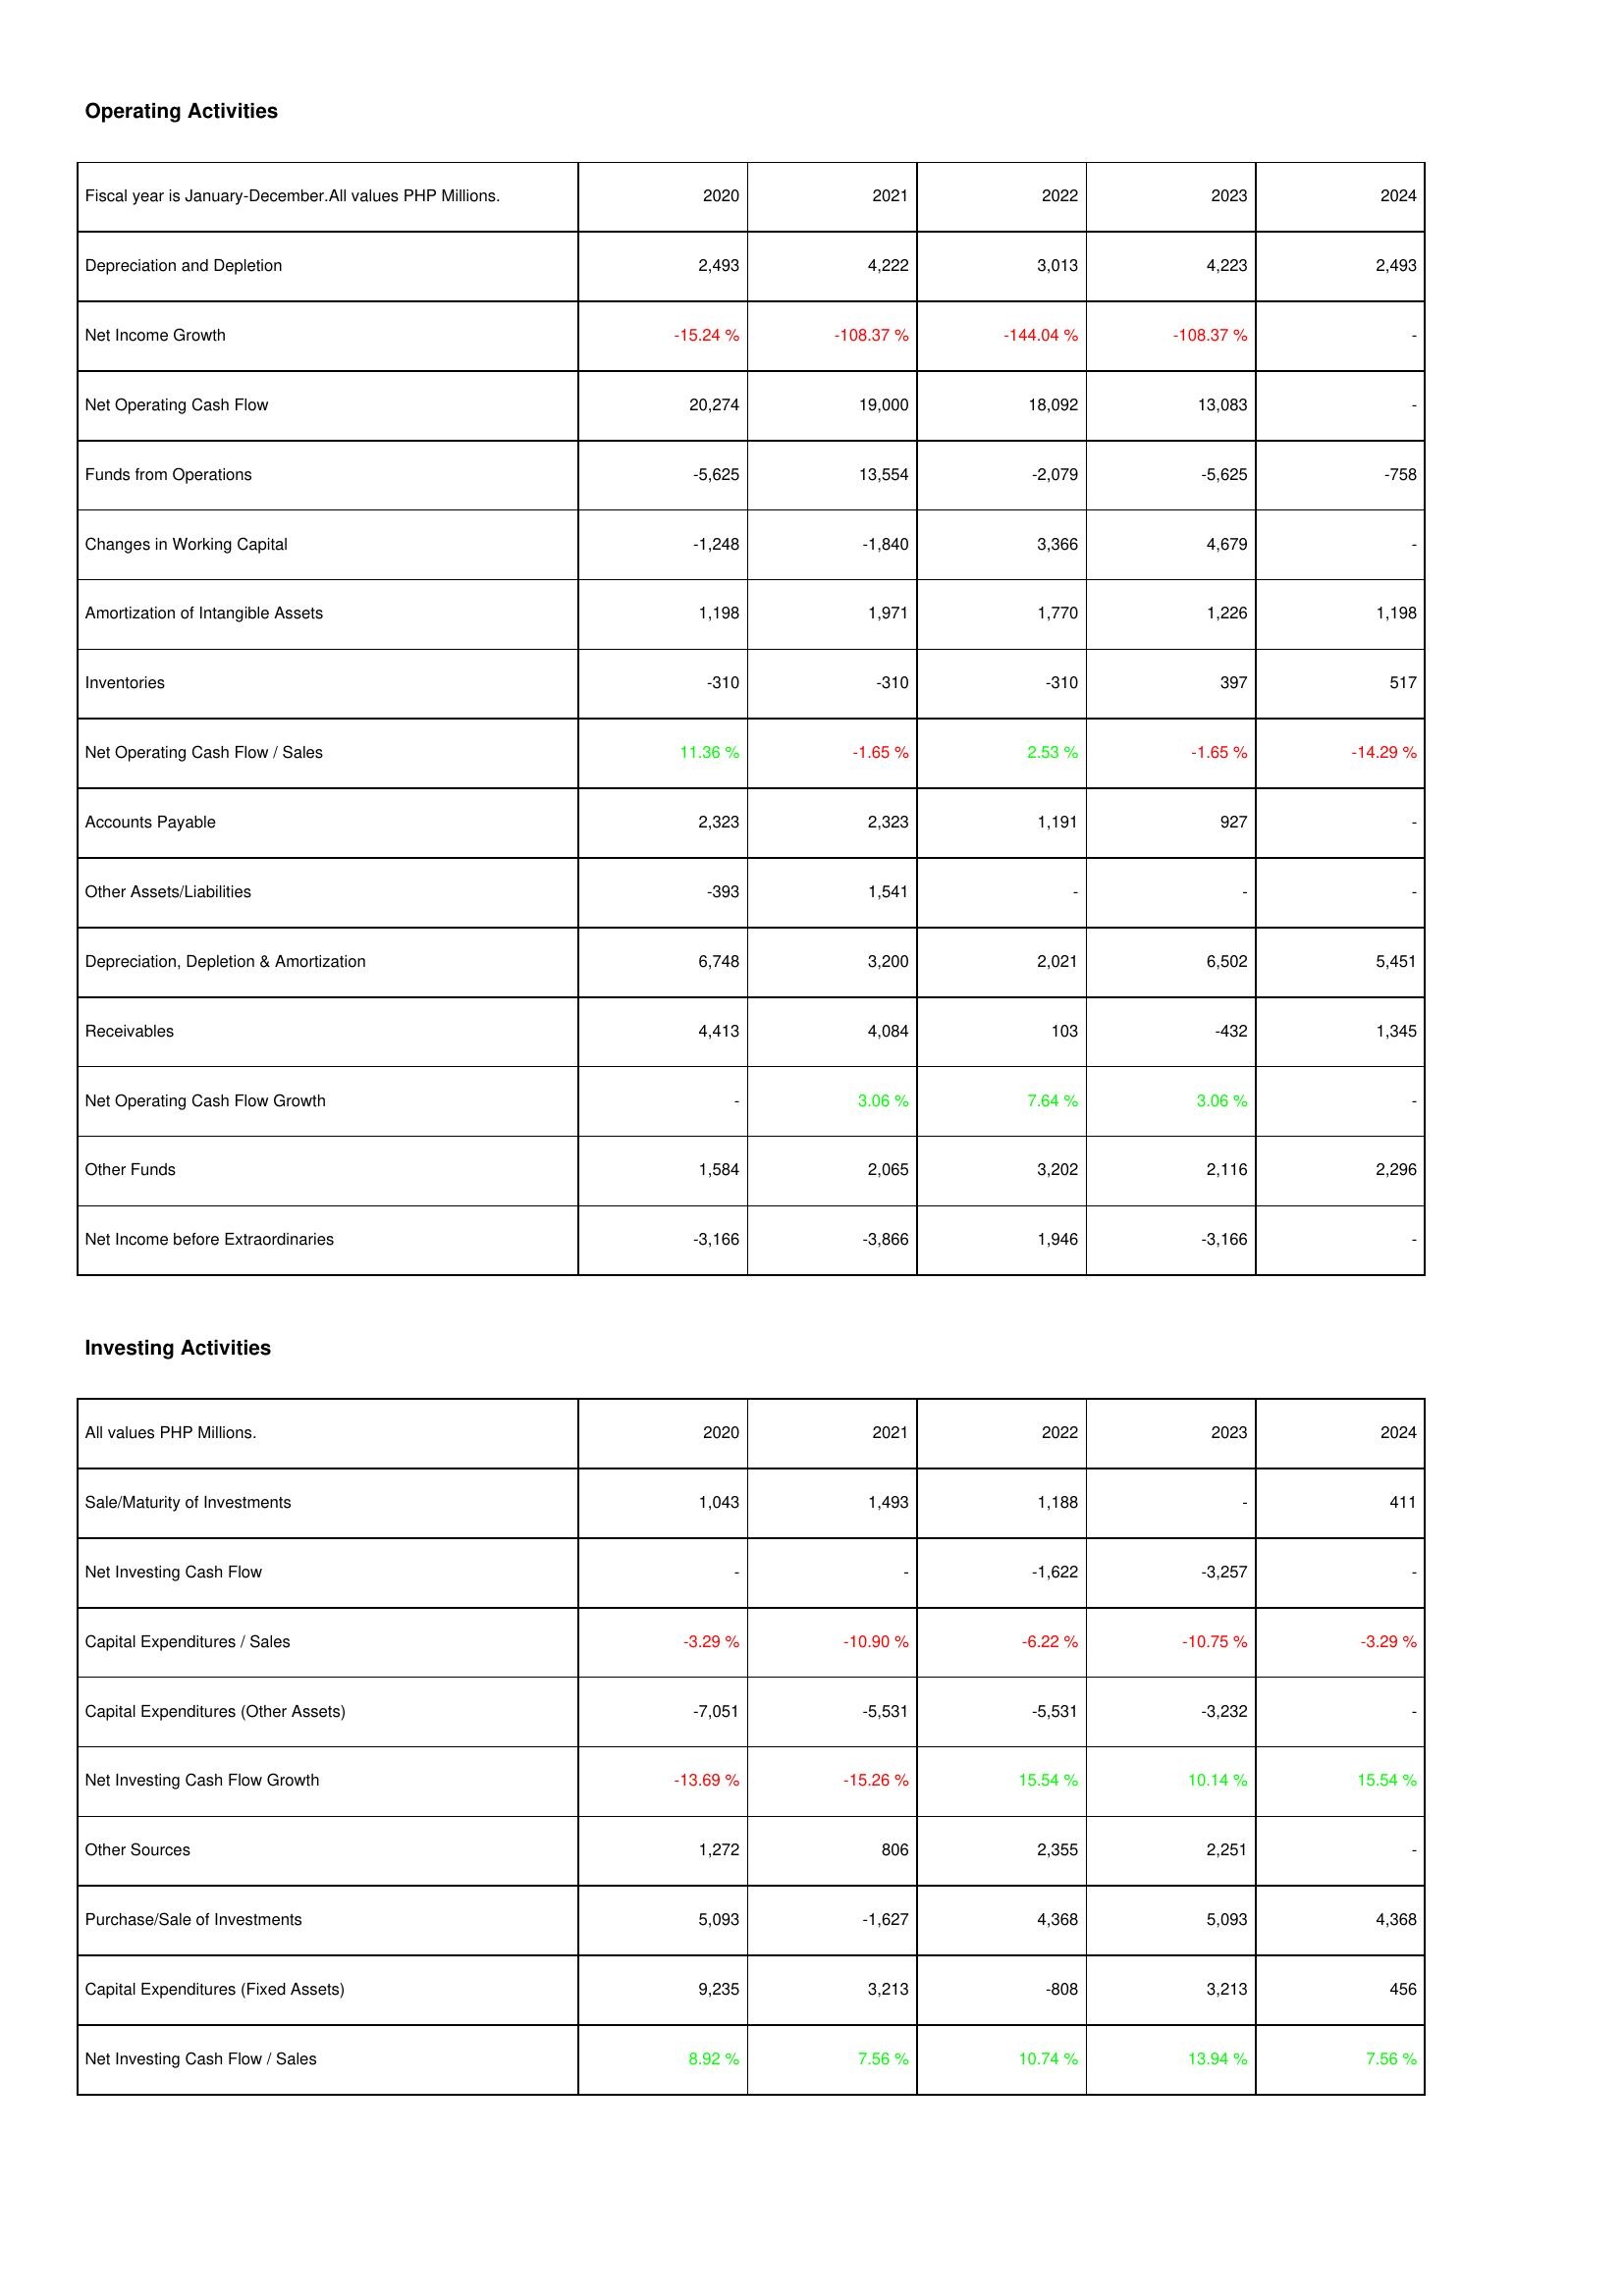
2020: Operating Activities: Depreciation and Depletion: 2,493
Net Income Growth: -15.24 %
Net Operating Cash Flow: 20,274
Funds from Operations: -5,625
Changes in Working Capital: -1,248
Amortization of Intangible Assets: 1,198
Inventories: -310
Net Operating Cash Flow / Sales: 11.36 %
Accounts Payable: 2,323
Other Assets/Liabilities: -393
Depreciation, Depletion & Amortization: 6,748
Receivables: 4,413
Net Operating Cash Flow Growth: -
Other Funds: 1,584
Net Income before Extraordinaries: -3,166
Investing Activities: Sale/Maturity of Investments: 1,043
Net Investing Cash Flow: -
Capital Expenditures / Sales: -3.29 %
Capital Expenditures (Other Assets): -7,051
Net Investing Cash Flow Growth: -13.69 %
Other Sources: 1,272
Purchase/Sale of Investments: 5,093
Capital Expenditures (Fixed Assets): 9,235
Net Investing Cash Flow / Sales: 8.92 %
2021: Operating Activities: Depreciation and Depletion: 4,222
Net Income Growth: -108.37 %
Net Operating Cash Flow: 19,000
Funds from Operations: 13,554
Changes in Working Capital: -1,840
Amortization of Intangible Assets: 1,971
Inventories: -310
Net Operating Cash Flow / Sales: -1.65 %
Accounts Payable: 2,323
Other Assets/Liabilities: 1,541
Depreciation, Depletion & Amortization: 3,200
Receivables: 4,084
Net Operating Cash Flow Growth: 3.06 %
Other Funds: 2,065
Net Income before Extraordinaries: -3,866
Investing Activities: Sale/Maturity of Investments: 1,493
Net Investing Cash Flow: -
Capital Expenditures / Sales: -10.90 %
Capital Expenditures (Other Assets): -5,531
Net Investing Cash Flow Growth: -15.26 %
Other Sources: 806
Purchase/Sale of Investments: -1,627
Capital Expenditures (Fixed Assets): 3,213
Net Investing Cash Flow / Sales: 7.56 %
2022: Operating Activities: Depreciation and Depletion: 3,013
Net Income Growth: -144.04 %
Net Operating Cash Flow: 18,092
Funds from Operations: -2,079
Changes in Working Capital: 3,366
Amortization of Intangible Assets: 1,770
Inventories: -310
Net Operating Cash Flow / Sales: 2.53 %
Accounts Payable: 1,191
Other Assets/Liabilities: -
Depreciation, Depletion & Amortization: 2,021
Receivables: 103
Net Operating Cash Flow Growth: 7.64 %
Other Funds: 3,202
Net Income before Extraordinaries: 1,946
Investing Activities: Sale/Maturity of Investments: 1,188
Net Investing Cash Flow: -1,622
Capital Expenditures / Sales: -6.22 %
Capital Expenditures (Other Assets): -5,531
Net Investing Cash Flow Growth: 15.54 %
Other Sources: 2,355
Purchase/Sale of Investments: 4,368
Capital Expenditures (Fixed Assets): -808
Net Investing Cash Flow / Sales: 10.74 %
2023: Operating Activities: Depreciation and Depletion: 4,223
Net Income Growth: -108.37 %
Net Operating Cash Flow: 13,083
Funds from Operations: -5,625
Changes in Working Capital: 4,679
Amortization of Intangible Assets: 1,226
Inventories: 397
Net Operating Cash Flow / Sales: -1.65 %
Accounts Payable: 927
Other Assets/Liabilities: -
Depreciation, Depletion & Amortization: 6,502
Receivables: -432
Net Operating Cash Flow Growth: 3.06 %
Other Funds: 2,116
Net Income before Extraordinaries: -3,166
Investing Activities: Sale/Maturity of Investments: -
Net Investing Cash Flow: -3,257
Capital Expenditures / Sales: -10.75 %
Capital Expenditures (Other Assets): -3,232
Net Investing Cash Flow Growth: 10.14 %
Other Sources: 2,251
Purchase/Sale of Investments: 5,093
Capital Expenditures (Fixed Assets): 3,213
Net Investing Cash Flow / Sales: 13.94 %
2024: Operating Activities: Depreciation and Depletion: 2,493
Net Income Growth: -
Net Operating Cash Flow: -
Funds from Operations: -758
Changes in Working Capital: -
Amortization of Intangible Assets: 1,198
Inventories: 517
Net Operating Cash Flow / Sales: -14.29 %
Accounts Payable: -
Other Assets/Liabilities: -
Depreciation, Depletion & Amortization: 5,451
Receivables: 1,345
Net Operating Cash Flow Growth: -
Other Funds: 2,296
Net Income before Extraordinaries: -
Investing Activities: Sale/Maturity of Investments: 411
Net Investing Cash Flow: -
Capital Expenditures / Sales: -3.29 %
Capital Expenditures (Other Assets): -
Net Investing Cash Flow Growth: 15.54 %
Other Sources: -
Purchase/Sale of Investments: 4,368
Capital Expenditures (Fixed Assets): 456
Net Investing Cash Flow / Sales: 7.56 %